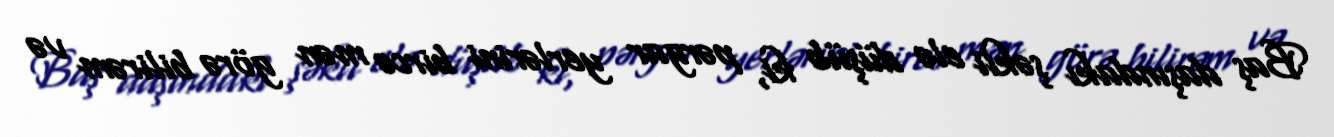
Baş daşındakı şəkli elə düşüb ki, pərgar yerlərini bircə mən görə bilirəm və